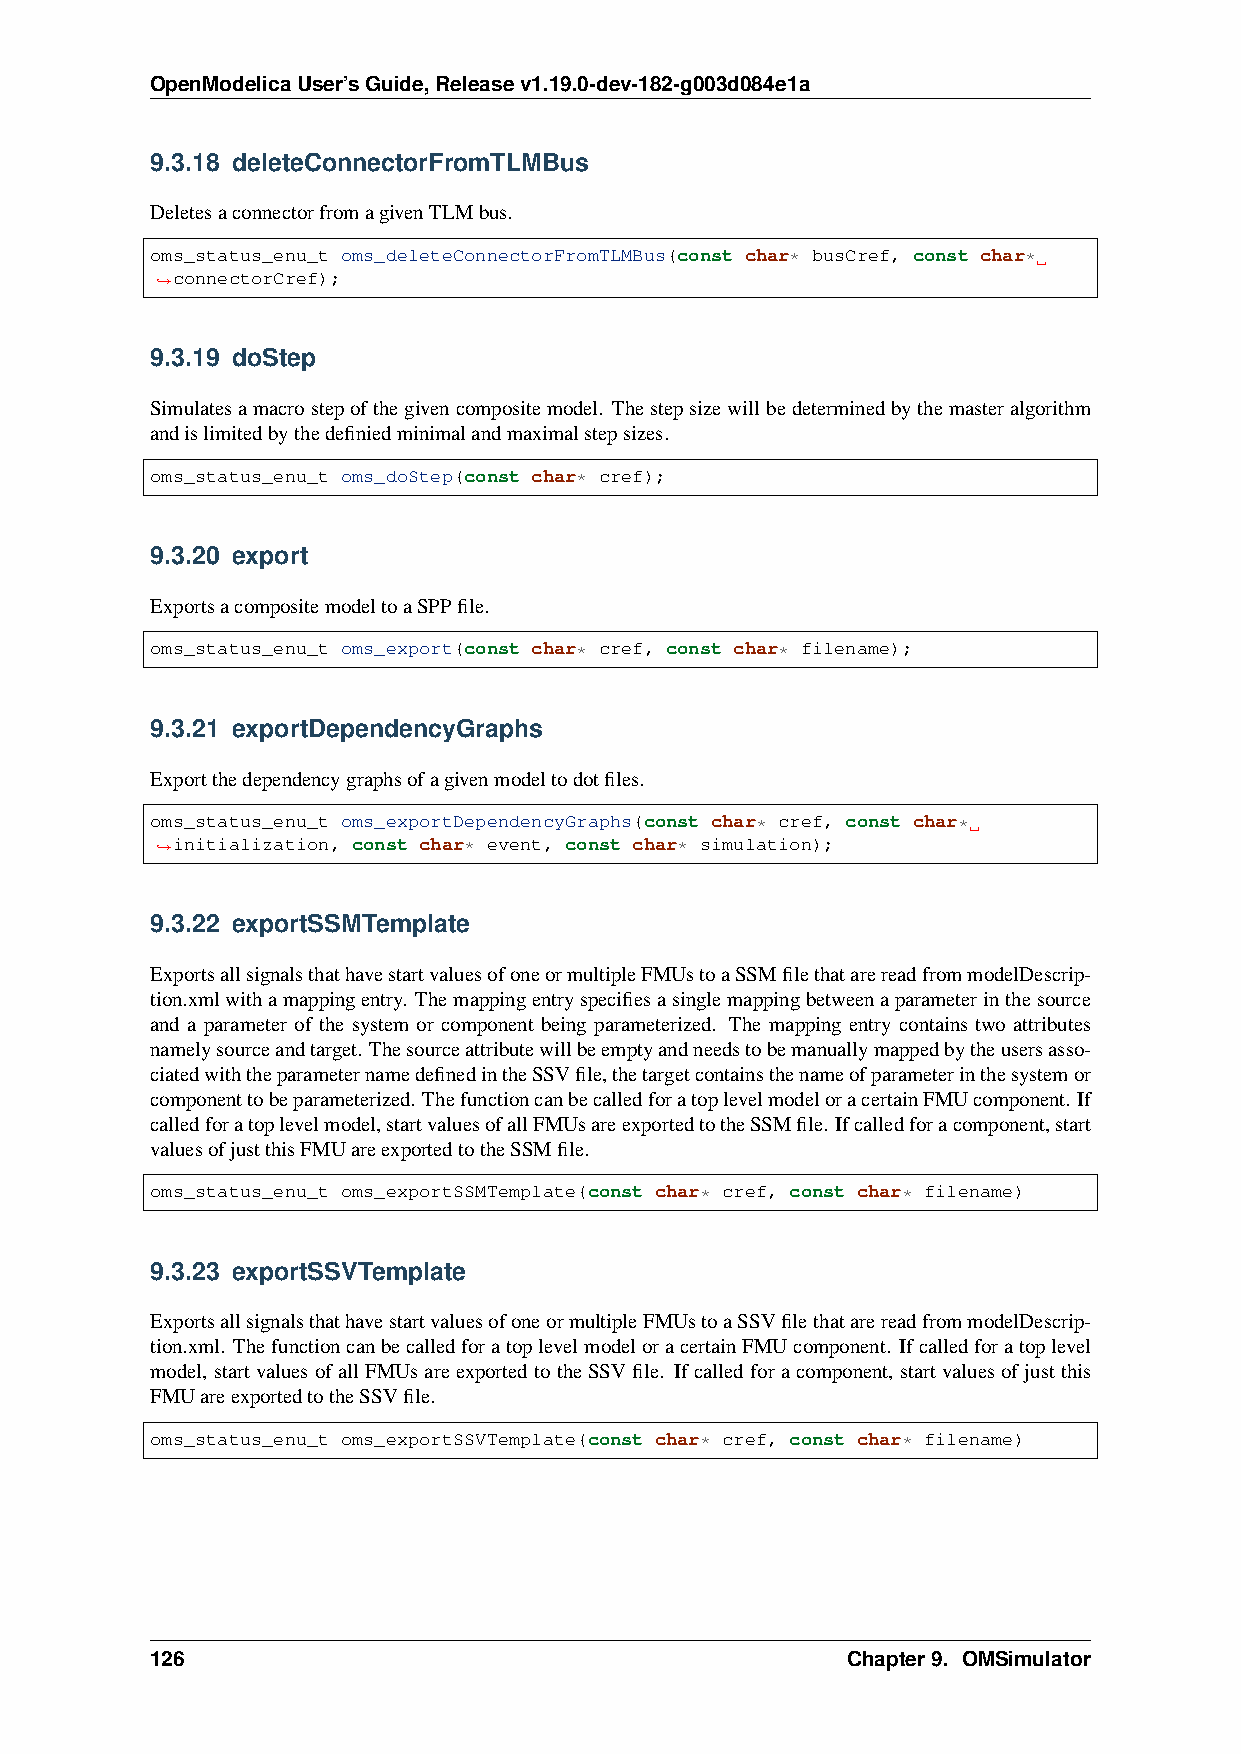
OpenModelicaUser’sGuide,Releasev1.19.0-dev-182-g003d084e1a
 9.3.18 deleteConnectorFromTLMBus
 DeletesaconnectorfromagivenTLMbus.
 oms_status_enu_t oms_deleteConnectorFromTLMBus(const char* busCref, const char*
 connectorCref);
 ˓→
 9.3.19 doStep
 Simulatesamacrostepofthegivencompositemodel. Thestepsizewillbedeterminedbythemasteralgorithm
 andislimitedbythedefiniedminimalandmaximalstepsizes.
 oms_status_enu_t oms_doStep(const char* cref);
 9.3.20 export
 ExportsacompositemodeltoaSPPfile.
 oms_status_enu_t oms_export(const char* cref, const char* filename);
 9.3.21 exportDependencyGraphs
 Exportthedependencygraphsofagivenmodeltodotfiles.
 oms_status_enu_t oms_exportDependencyGraphs(const char* cref, const char*
 ˓→initialization, const char* event, const char* simulation);
 9.3.22 exportSSMTemplate
 ExportsallsignalsthathavestartvaluesofoneormultipleFMUstoaSSMfilethatarereadfrommodelDescrip-
 tion.xmlwithamappingentry. Themappingentryspecifiesasinglemappingbetweenaparameterinthesource
 and a parameter of the system or component being parameterized. The mapping entry contains two attributes
 namelysourceandtarget. Thesourceattributewillbeemptyandneedstobemanuallymappedbytheusersasso-
 ciatedwiththeparameternamedefinedintheSSVfile,thetargetcontainsthenameofparameterinthesystemor
 componenttobeparameterized. ThefunctioncanbecalledforatoplevelmodeloracertainFMUcomponent. If
 calledforatoplevelmodel,startvaluesofallFMUsareexportedtotheSSMfile. Ifcalledforacomponent,start
 valuesofjustthisFMUareexportedtotheSSMfile.
 oms_status_enu_t oms_exportSSMTemplate(const char* cref, const char* filename)
 9.3.23 exportSSVTemplate
 ExportsallsignalsthathavestartvaluesofoneormultipleFMUstoaSSVfilethatarereadfrommodelDescrip-
 tion.xml. ThefunctioncanbecalledforatoplevelmodeloracertainFMUcomponent. Ifcalledforatoplevel
 model, startvaluesofallFMUsareexportedtotheSSVfile. Ifcalledforacomponent, startvaluesofjustthis
 FMUareexportedtotheSSVfile.
 oms_status_enu_t oms_exportSSVTemplate(const char* cref, const char* filename)
 126                                           Chapter9. OMSimulator